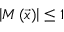
\left| M \left( \vec { x } \right) \right| \leq 1